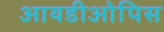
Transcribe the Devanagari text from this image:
आयडीओपिस